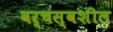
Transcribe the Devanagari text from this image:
वर्चस्वशील